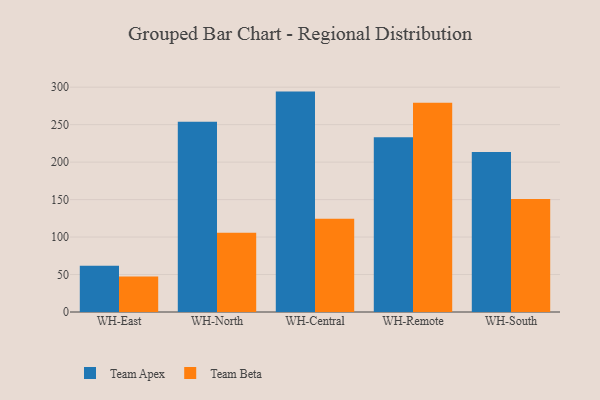
{"axis": {"x": "Warehouse", "y": "Population (Million)"}, "legend": ["Team Apex", "Team Beta"], "data": [{"x": "WH-East", "y": 61.8, "type": "Team Apex"}, {"x": "WH-East", "y": 47.5, "type": "Team Beta"}, {"x": "WH-North", "y": 254.0, "type": "Team Apex"}, {"x": "WH-North", "y": 105.7, "type": "Team Beta"}, {"x": "WH-Central", "y": 294.1, "type": "Team Apex"}, {"x": "WH-Central", "y": 124.4, "type": "Team Beta"}, {"x": "WH-Remote", "y": 233.3, "type": "Team Apex"}, {"x": "WH-Remote", "y": 279.1, "type": "Team Beta"}, {"x": "WH-South", "y": 213.5, "type": "Team Apex"}, {"x": "WH-South", "y": 150.8, "type": "Team Beta"}]}